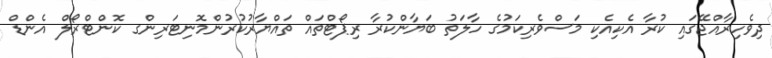
ދިވެހިރާއްޖޭގައި ކުރާ އެކިއެކި މަސްވެރިކަމުގެ ހާލަތު ބަޔާންކުރާ ރިޕޯޓްތައް ތައްޔާރުކުރުންމޮނިޓަރިންގ ކޮންޓްރޯލް އެންޑް